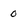
Character: 0